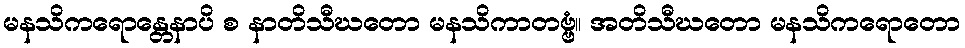
မနသိကရောန္တေနာပိ စ နာတိသီဃတော မနသိကာတဗ္ဗံ။ အတိသီဃတော မနသိကရောတော